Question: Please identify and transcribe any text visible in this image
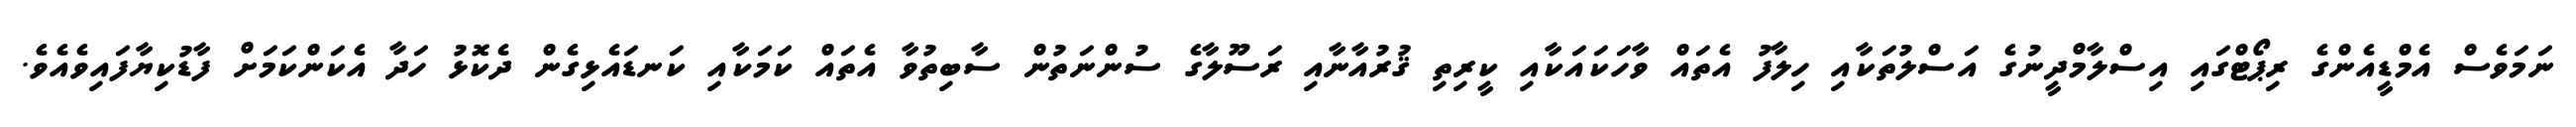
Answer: ނަމަވެސް އެމްޑީއެންގެ ރިޕޯޓްގައި އިސްލާމްދީނުގެ އަސްލުތަކާއި ހިލާފު އެތައް ވާހަކައަކާއި ކީރިތި ޤުރުއާނާއި ރަސޫލާގެ ސުންނަތުން ސާބިތުވާ އެތައް ކަމަކާއި ކަނޑައެޅިގެން ދެކޮޅު ހަދާ އެކަންކަމަށް ފާޑުކިޔާފައިވެއެވެ.